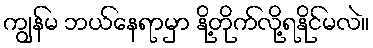
ကျွန်မ ဘယ်နေရာမှာ နို့တိုက်လို့ရနိုင်မလဲ။